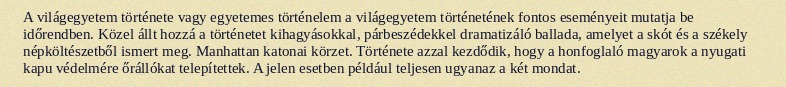
A világegyetem története vagy egyetemes történelem a világegyetem történetének fontos eseményeit mutatja be időrendben. Közel állt hozzá a történetet kihagyásokkal, párbeszédekkel dramatizáló ballada, amelyet a skót és a székely népköltészetből ismert meg. Manhattan katonai körzet. Története azzal kezdődik, hogy a honfoglaló magyarok a nyugati kapu védelmére őrállókat telepítettek. A jelen esetben például teljesen ugyanaz a két mondat.